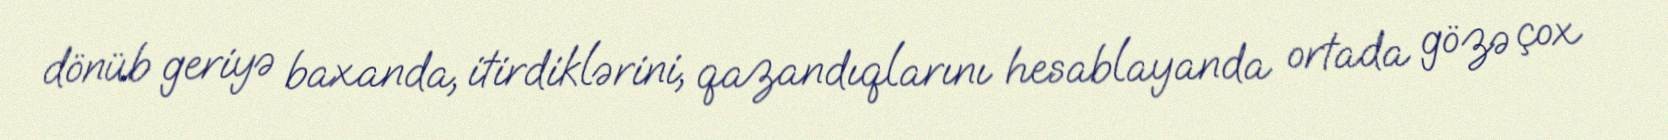
dönüb geriyə baxanda, itirdiklərini, qazandıqlarını hesablayanda ortada gözə çox